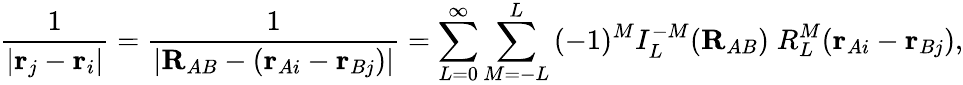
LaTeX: {\frac{1}{|\mathbf{r}_{j}-\mathbf{r}_{i}|}}={\frac{1}{|\mathbf{R}_{AB}-(\mathbf{r}_{Ai}-\mathbf{r}_{Bj})|}}=\sum_{L=0}^{\infty}\sum_{M=-L}^{L}\, (-1)^{M}I_{L}^{-M}(\mathbf{R}_{AB})\; R_{L}^{M}(\mathbf{r}_{Ai}-\mathbf{r}_{Bj}),